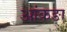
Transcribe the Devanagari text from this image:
आंकङा